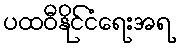
ပထဝီနိုင်ငံရေးအရ